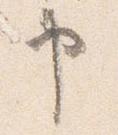
申